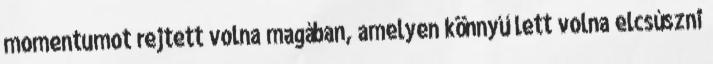
momentumot rejtett volna magában, amelyen könnyű lett volna elcsúszni